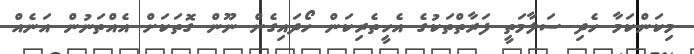
މިކަންކަމާ ހެދި ސަލާމަތީ ފަރާތްތަކުގެ އެހީތެރިކަން ހޯދައިގެން ނޫން ގޮތަކަށް އެއްތަނުން އަނެއް